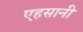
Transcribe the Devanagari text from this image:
एहसानी